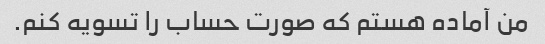
من آماده هستم که صورت حساب را تسویه کنم.